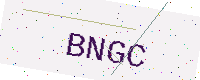
Text: BNGC